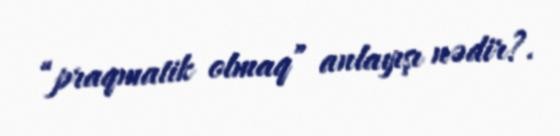
“praqmatik olmaq” anlayışı nədir?.